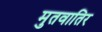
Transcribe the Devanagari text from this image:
मुतवातिर